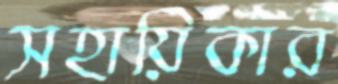
সহায়িকার